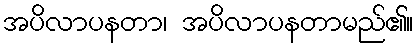
အပိလာပနတာ၊ အပိလာပနတာမည်၏။